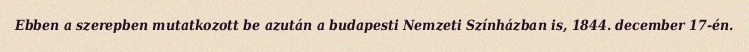
Ebben a szerepben mutatkozott be azután a budapesti Nemzeti Színházban is, 1844. december 17-én.